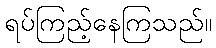
ရပ်ကြည့်နေကြသည်။